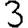
Digit: 3